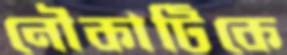
নৌকাটিকে